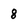
Character: 8